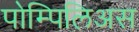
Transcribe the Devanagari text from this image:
पोम्पिलिअस